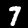
Digit: 7